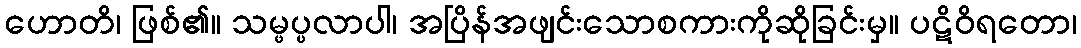
ဟောတိ၊ ဖြစ်၏။ သမ္ဖပ္ပလာပါ၊ အပြိန်အဖျင်းသောစကားကိုဆိုခြင်းမှ။ ပဋိဝိရတော၊